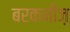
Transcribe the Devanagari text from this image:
बरकनीज़